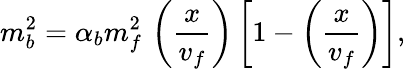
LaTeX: m_{b}^{2}=\alpha_{b}m_{f}^{2}\, \left(\frac{x}{v_{f}}\right)\left[1-\left(\frac{x}{v_{f}}\right)\right],